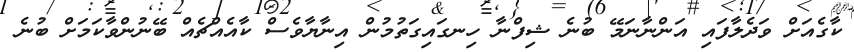
ކާގެއަށް ވަދެލާފައި އަަަަަަަަަަންނާނަމޭ ބުނެ ޝިފްނާ ހިނގައިގަތުމުން އިނާޔާވެސް ކާއެއްޗެއް ބޭނުންވާކަމަށް ބުނެ